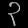
Digit: ၃